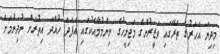
މިދިޔަ އަހަރުގެ ތެރޭގައި ވަޒީރުންގެ މަޖިލީހުގެ ނިންމުމާއެކުގައި އެފަދަ ހުއްދަ އިތުރަށް ނުދިނުމަށް